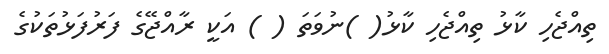
ތިއްޖެހި ކާޅު ތިއްޖެހި ކާޅު( )ނުވަތަ ( ) އަކީ ރާއްޖޭގެ ފަރުފަޅުތަކުގެ